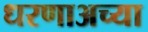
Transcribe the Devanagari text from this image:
धरणाअच्या